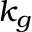
k _ { g }